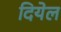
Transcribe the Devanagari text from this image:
दियेल